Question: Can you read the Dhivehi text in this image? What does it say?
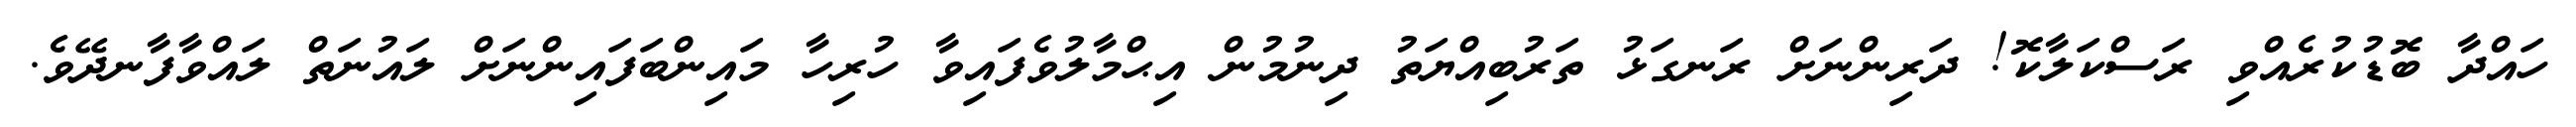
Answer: ހައްދާ ބޮޑުކުރެއްވި ރަސްކަލާކޮ! ދަރިންނަށް ރަނގަޅު ތަރުބިއްޔަތު ދިނުމުން އިޙްމާލުވެފައިވާ ހުރިހާ މައިންބަފައިންނަށް ލައުނަތް ލައްވާފާނދޭވެ.